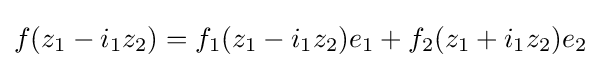
f(z_{1}-i_{1}z_{2})=f_{1}(z_{1}-i_{1}z_{2})e_{1}+f_{2}(z_{1}+i_{1}z_{2})e_{2}